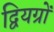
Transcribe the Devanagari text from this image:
द्वियग्रों